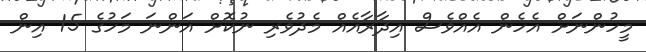
މީހުންނަށް އެހެން އެއްވެސް އިދާރާއެއް މެދުވެރި ނުކޮށް އަންނަ މަހުގެ 15 އިން